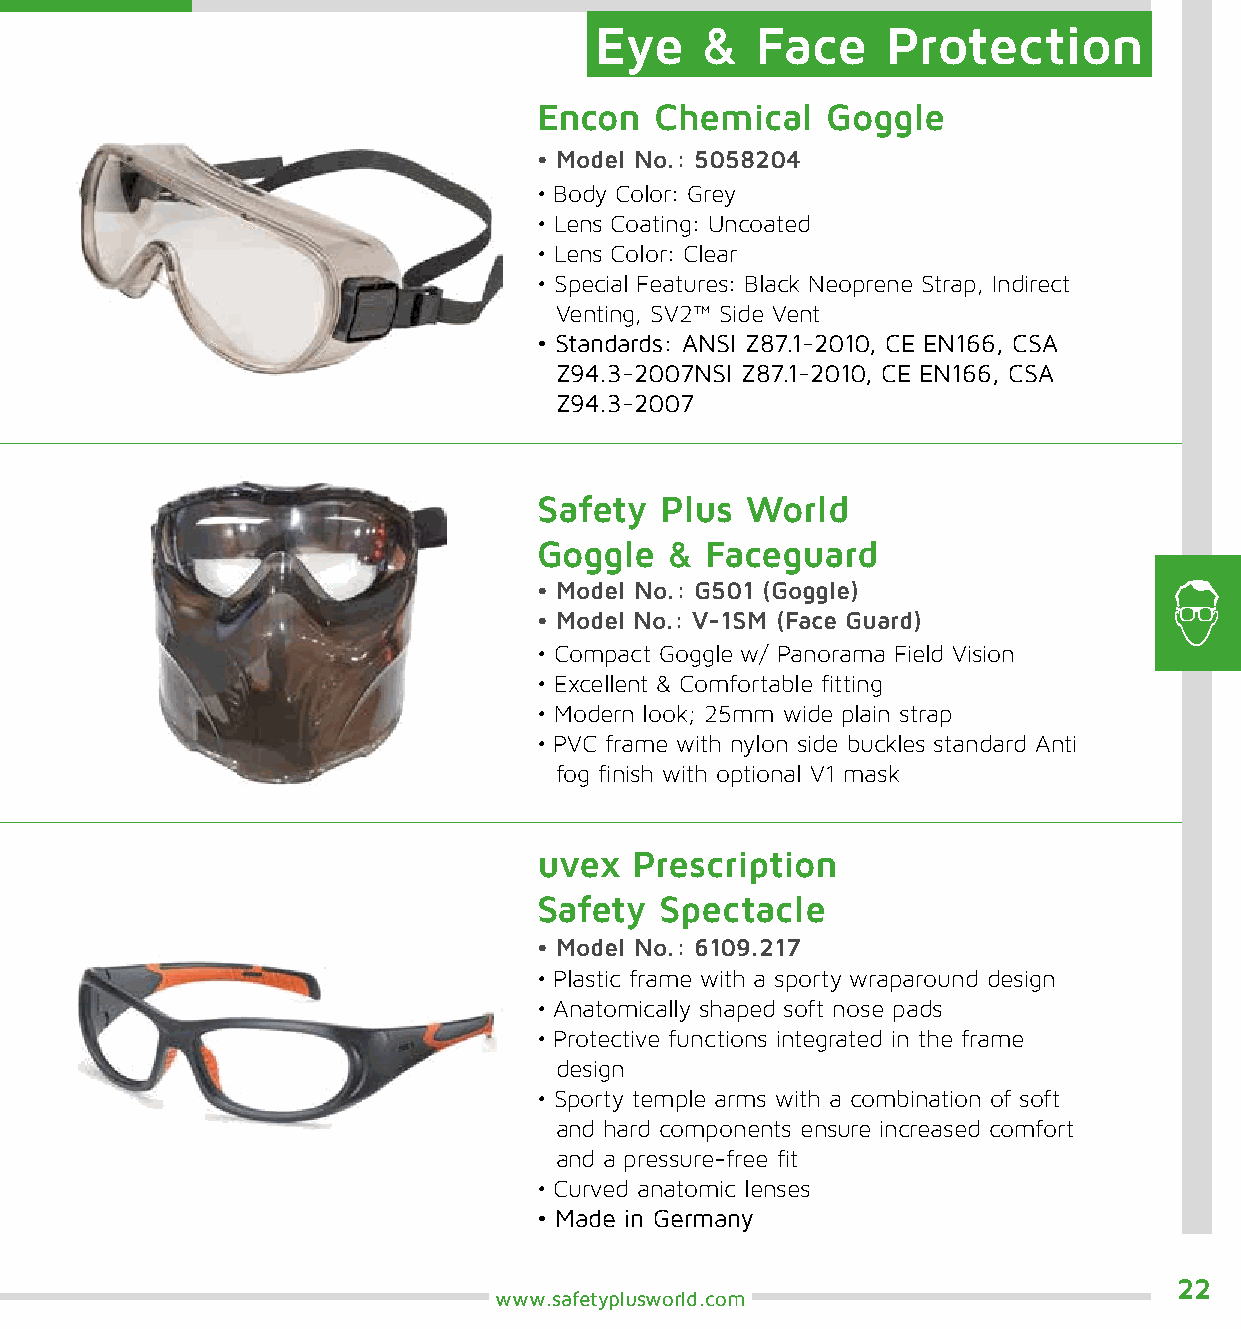
Eye    &   Face     Protection
 Encon  Chemical    Goggle
 • Model No.: 5058204
 • Body Color: Grey
 • Lens Coating: Uncoated
 • Lens Color: Clear
 • Special Features: Black Neoprene Strap, Indirect
 Venting, SV2™ Side Vent
 • Standards: ANSI Z87.1-2010, CE EN166, CSA
 Z94.3-2007NSI Z87.1-2010, CE EN166, CSA
 Z94.3-2007
 Safety  Plus World
 Goggle  &  Faceguard
 • Model No.: G501 (Goggle)
 • Model No.: V-1SM (Face Guard)
 • Compact Goggle w/ Panorama Field Vision
 • Excellent & Comfortable fitting
 • Modern look; 25mm wide plain strap
 • PVC frame with nylon side buckles standard Anti
 fog finish with optional V1 mask
 uvex  Prescription
 Safety  Spectacle
 • Model No.: 6109.217
 • Plastic frame with a sporty wraparound design
 • Anatomically shaped soft nose pads
 • Protective functions integrated in the frame
 design
 • Sporty temple arms with a combination of soft
 and hard components ensure increased comfort
 and a pressure-free fit
 • Curved anatomic lenses
 • Made in Germany
 22
 www.safetyplusworld.com